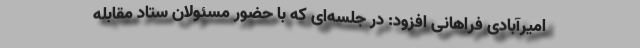
امیرآبادی فراهانی افزود: در جلسه‌ای که با حضور مسئولان ستاد مقابله